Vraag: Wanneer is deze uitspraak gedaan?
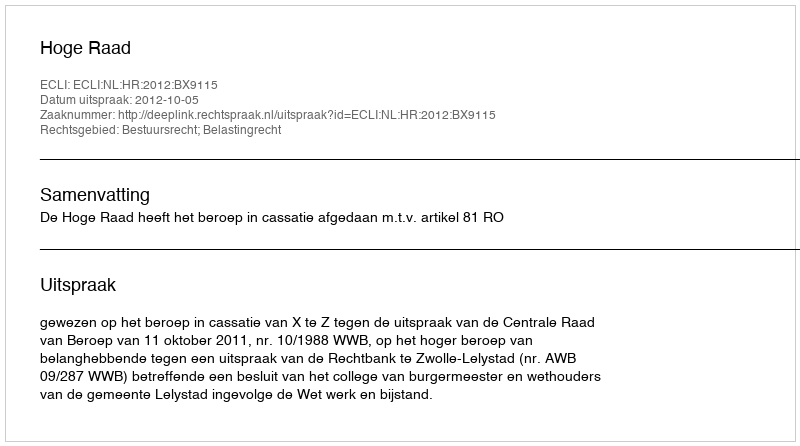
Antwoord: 2012-10-05